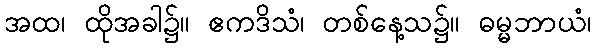
အထ၊ ထိုအခါ၌။ ဧကဒိသံ၊ တစ်နေ့သ၌။ ဓမ္မဘာယံ၊